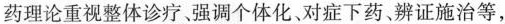
药理论重视整体诊疗，强调个体化、对症下药、辨证施治等，